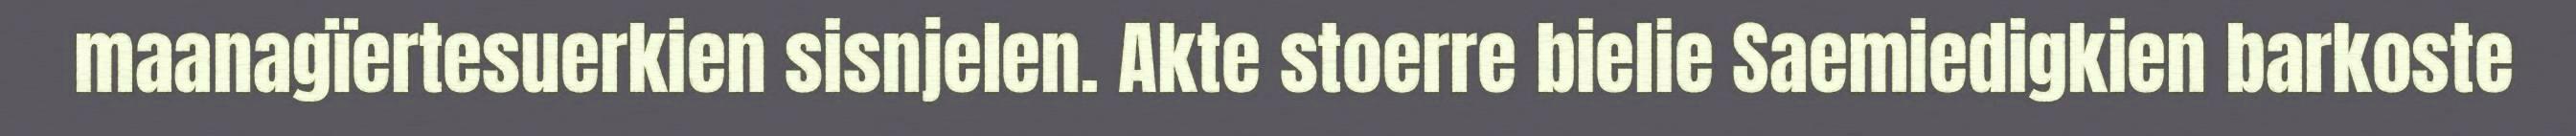
maanagïertesuerkien sisnjelen. Akte stoerre bielie Saemiedigkien barkoste